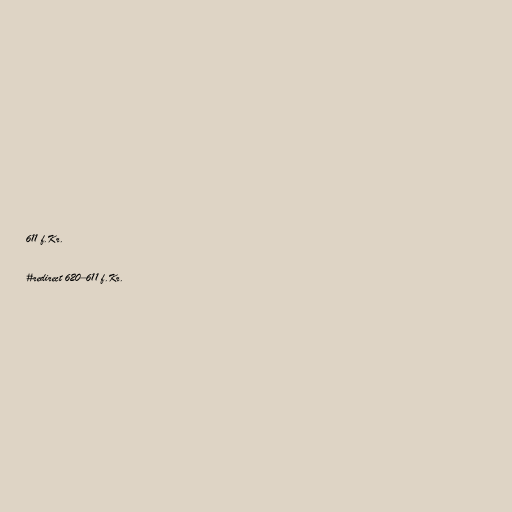
611 f.Kr.

#redirect 620–611 f.Kr.